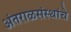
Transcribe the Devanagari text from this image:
अंतराळसंस्थांचे